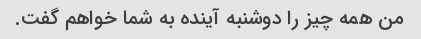
من همه چیز را دوشنبه آینده به شما خواهم گفت.